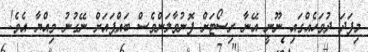
މިފަދަ ދުވަހެއްގައި ނޫނީ އޭނާ ރިސޯޓަށް ފޮނުވާލަންވެސް ބައްޕައަށް ނޭގުނު ވިއްޔާ އެވެ!